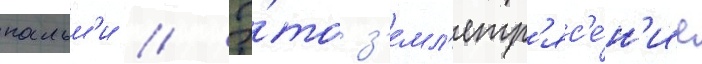
пальм'и // Э́то з'емл'етр'яс'е́н'ие